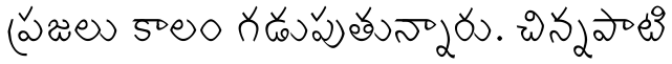
ప్రజలు కాలం గడుపుతున్నారు. చిన్నపాటి